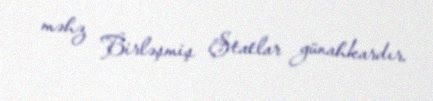
məhz Birləşmiş Ştatlar günahkardır.